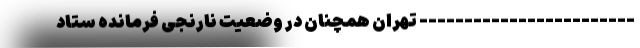
------------------------ تهران همچنان در وضعیت نارنجی فرمانده ستاد